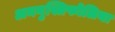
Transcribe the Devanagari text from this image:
अनगुस्तिफोलिया